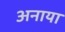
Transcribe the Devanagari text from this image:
अनाया